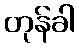
တုန်ခါ